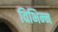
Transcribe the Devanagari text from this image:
विभिन्‍न